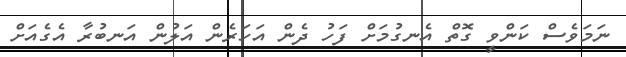
ނަމަވެސް ކަންވީ ގޮތް އެނގުމަށް ފަހު ދެން އަހަރެން އަލުން އަނބުރާ އެގެއަށް